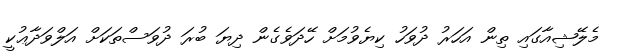
މެލޭޝިއާގައި ތިން އަހަރު ދުވަހު ކިޔެވުމަށް ހޭދަވެގެން ދިޔަ ބުރަ ދުވަސްތަކަށް އަލްވަދާޢުކީ